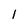
Character: 1